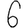
Digit: 6